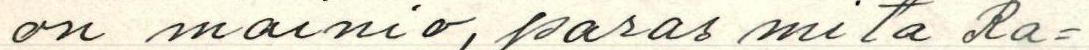
on mainio, paras mitä Ra-